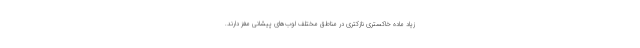
زیاد ماده خاکستری نازکتری در مناطق مختلف لوب‌های پیشانی مغز دارند.